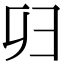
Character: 𢑏